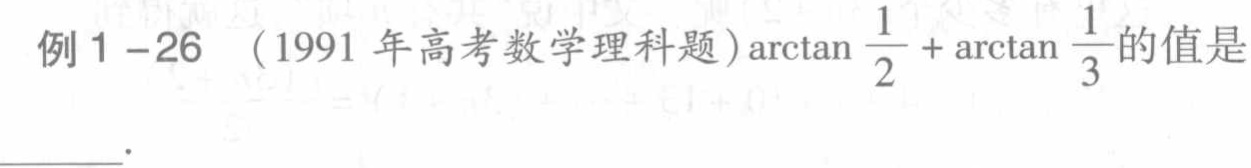
例1 -26 （1991年高考数学理科题）$\arctan\frac{1}{2}+\arctan\frac{1}{3}$的值是___.